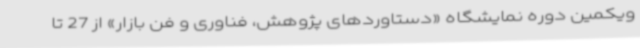
ویکمین دوره نمایشگاه «دستاوردهای پژوهش، فناوری و فن بازار» از 27 تا